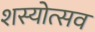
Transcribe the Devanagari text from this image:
शस्योत्सव